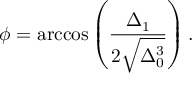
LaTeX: \phi = \operatorname { a r c c o s } \left( { \frac { \Delta _ { 1 } } { 2 { \sqrt { \Delta _ { 0 } ^ { 3 } } } } } \right) .